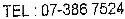
TEL : 07-386 7524